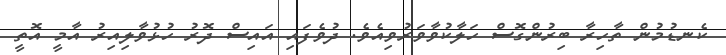
ކެނޑުމުން ތާހިރާ ބިރުންގޮސް ހަލާކުވާވަރުވިއެވެ. ދުވެފައި އައިސް ދޮރު ހުޅުވާލިއިރު އާމީ އޮތީ